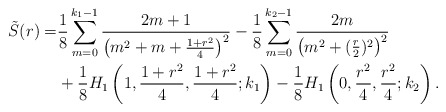
\begin{align*}\tilde{S}(r)=&\frac 18\sum_{m=0}^{k_1-1}\frac{2m+1}{\left(m^2+m+\frac {1+r^2}{4}\right)^2}-\frac 18\sum_{m=0}^{k_2-1}\frac{2m}{\left(m^2+(\frac r2)^2\right)^2}\\&+\frac 18 H_1\left(1,\frac {1+r^2}{4},\frac {1+r^2}{4};k_1\right)-\frac 18 H_1\left(0,\frac {r^2}{4},\frac {r^2}{4};k_2\right).\end{align*}